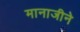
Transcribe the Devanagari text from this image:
मानाजीने